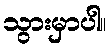
သွားမှာပါ။